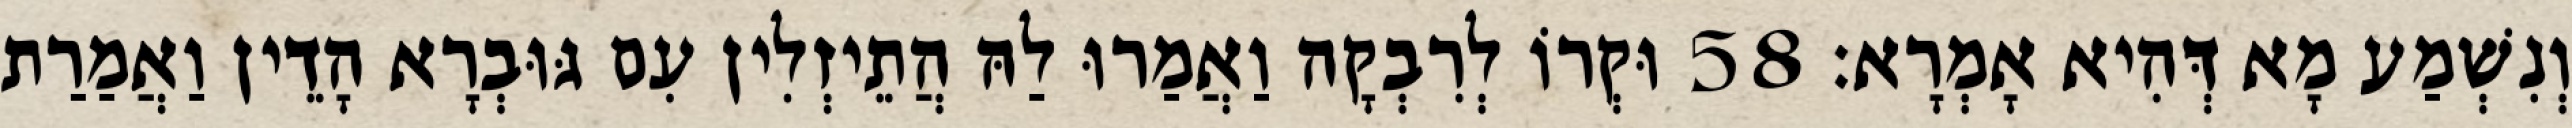
וְנִשְׁמַע מָא דְּהִיא אָמְרָא׃ 58 וּקְרוֹ לְרִבְקָה וַאֲמַרוּ לַהּ הֲתֵיזְלִין עִם גּוּבְרָא הָדֵין וַאֲמַרַת